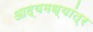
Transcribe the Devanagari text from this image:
आद्यमध्यांत्र